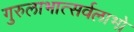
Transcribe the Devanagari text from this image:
गुरुलाभात्सर्वलाभो